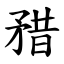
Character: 矠